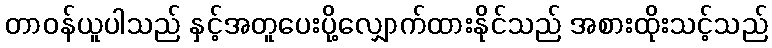
တာဝန်ယူပါသည် နှင့်အတူပေးပို့လျှောက်ထားနိုင်သည် အစားထိုးသင့်သည်